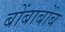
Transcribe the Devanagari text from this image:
बोंबाबोंब